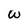
Character: w